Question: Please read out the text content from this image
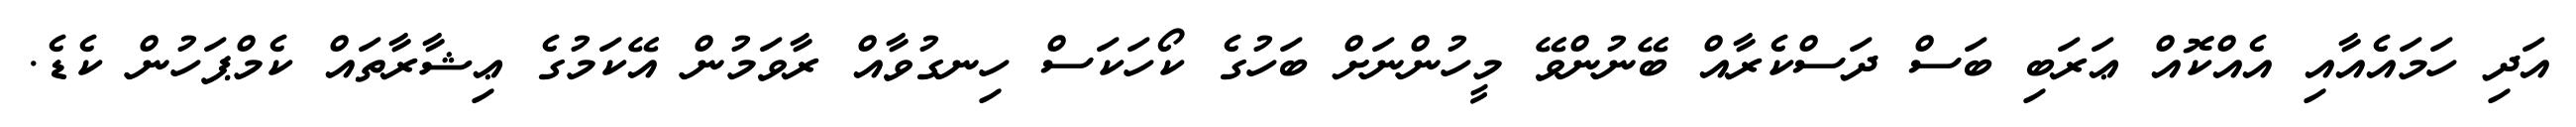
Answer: އަދި ހަމައެއާއި އެއްކޮއް ޢަރަބި ބަސް ދަސްކެރާއް ބޭނުންވޭ މީހުންނަށް ބަހުގެ ކޯހަކަސް ހިނގުވާއް ރާވަމުން އޭކަމުގެ ޢިޝާރާތައް ކެމްޕަހުން ކެޑެ.